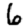
Digit: 6